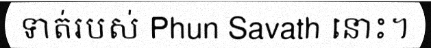
ទាត់របស់ Phun Savath នោះ។